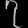
Digit: ၇